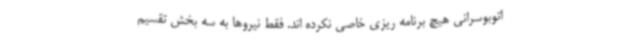
اتوبوسرانی هیچ برنامه ریزی خاصی نکرده اند. فقط نیروها به سه بخش تقسیم